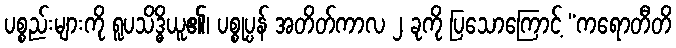
ပစ္စည်းများကို ရူပသိဒ္ဓိယူ၏၊ ပစ္စုပ္ပန် အတိတ်ကာလ ၂ ခုကို ပြသောကြောင့် “ကရောတီတိ